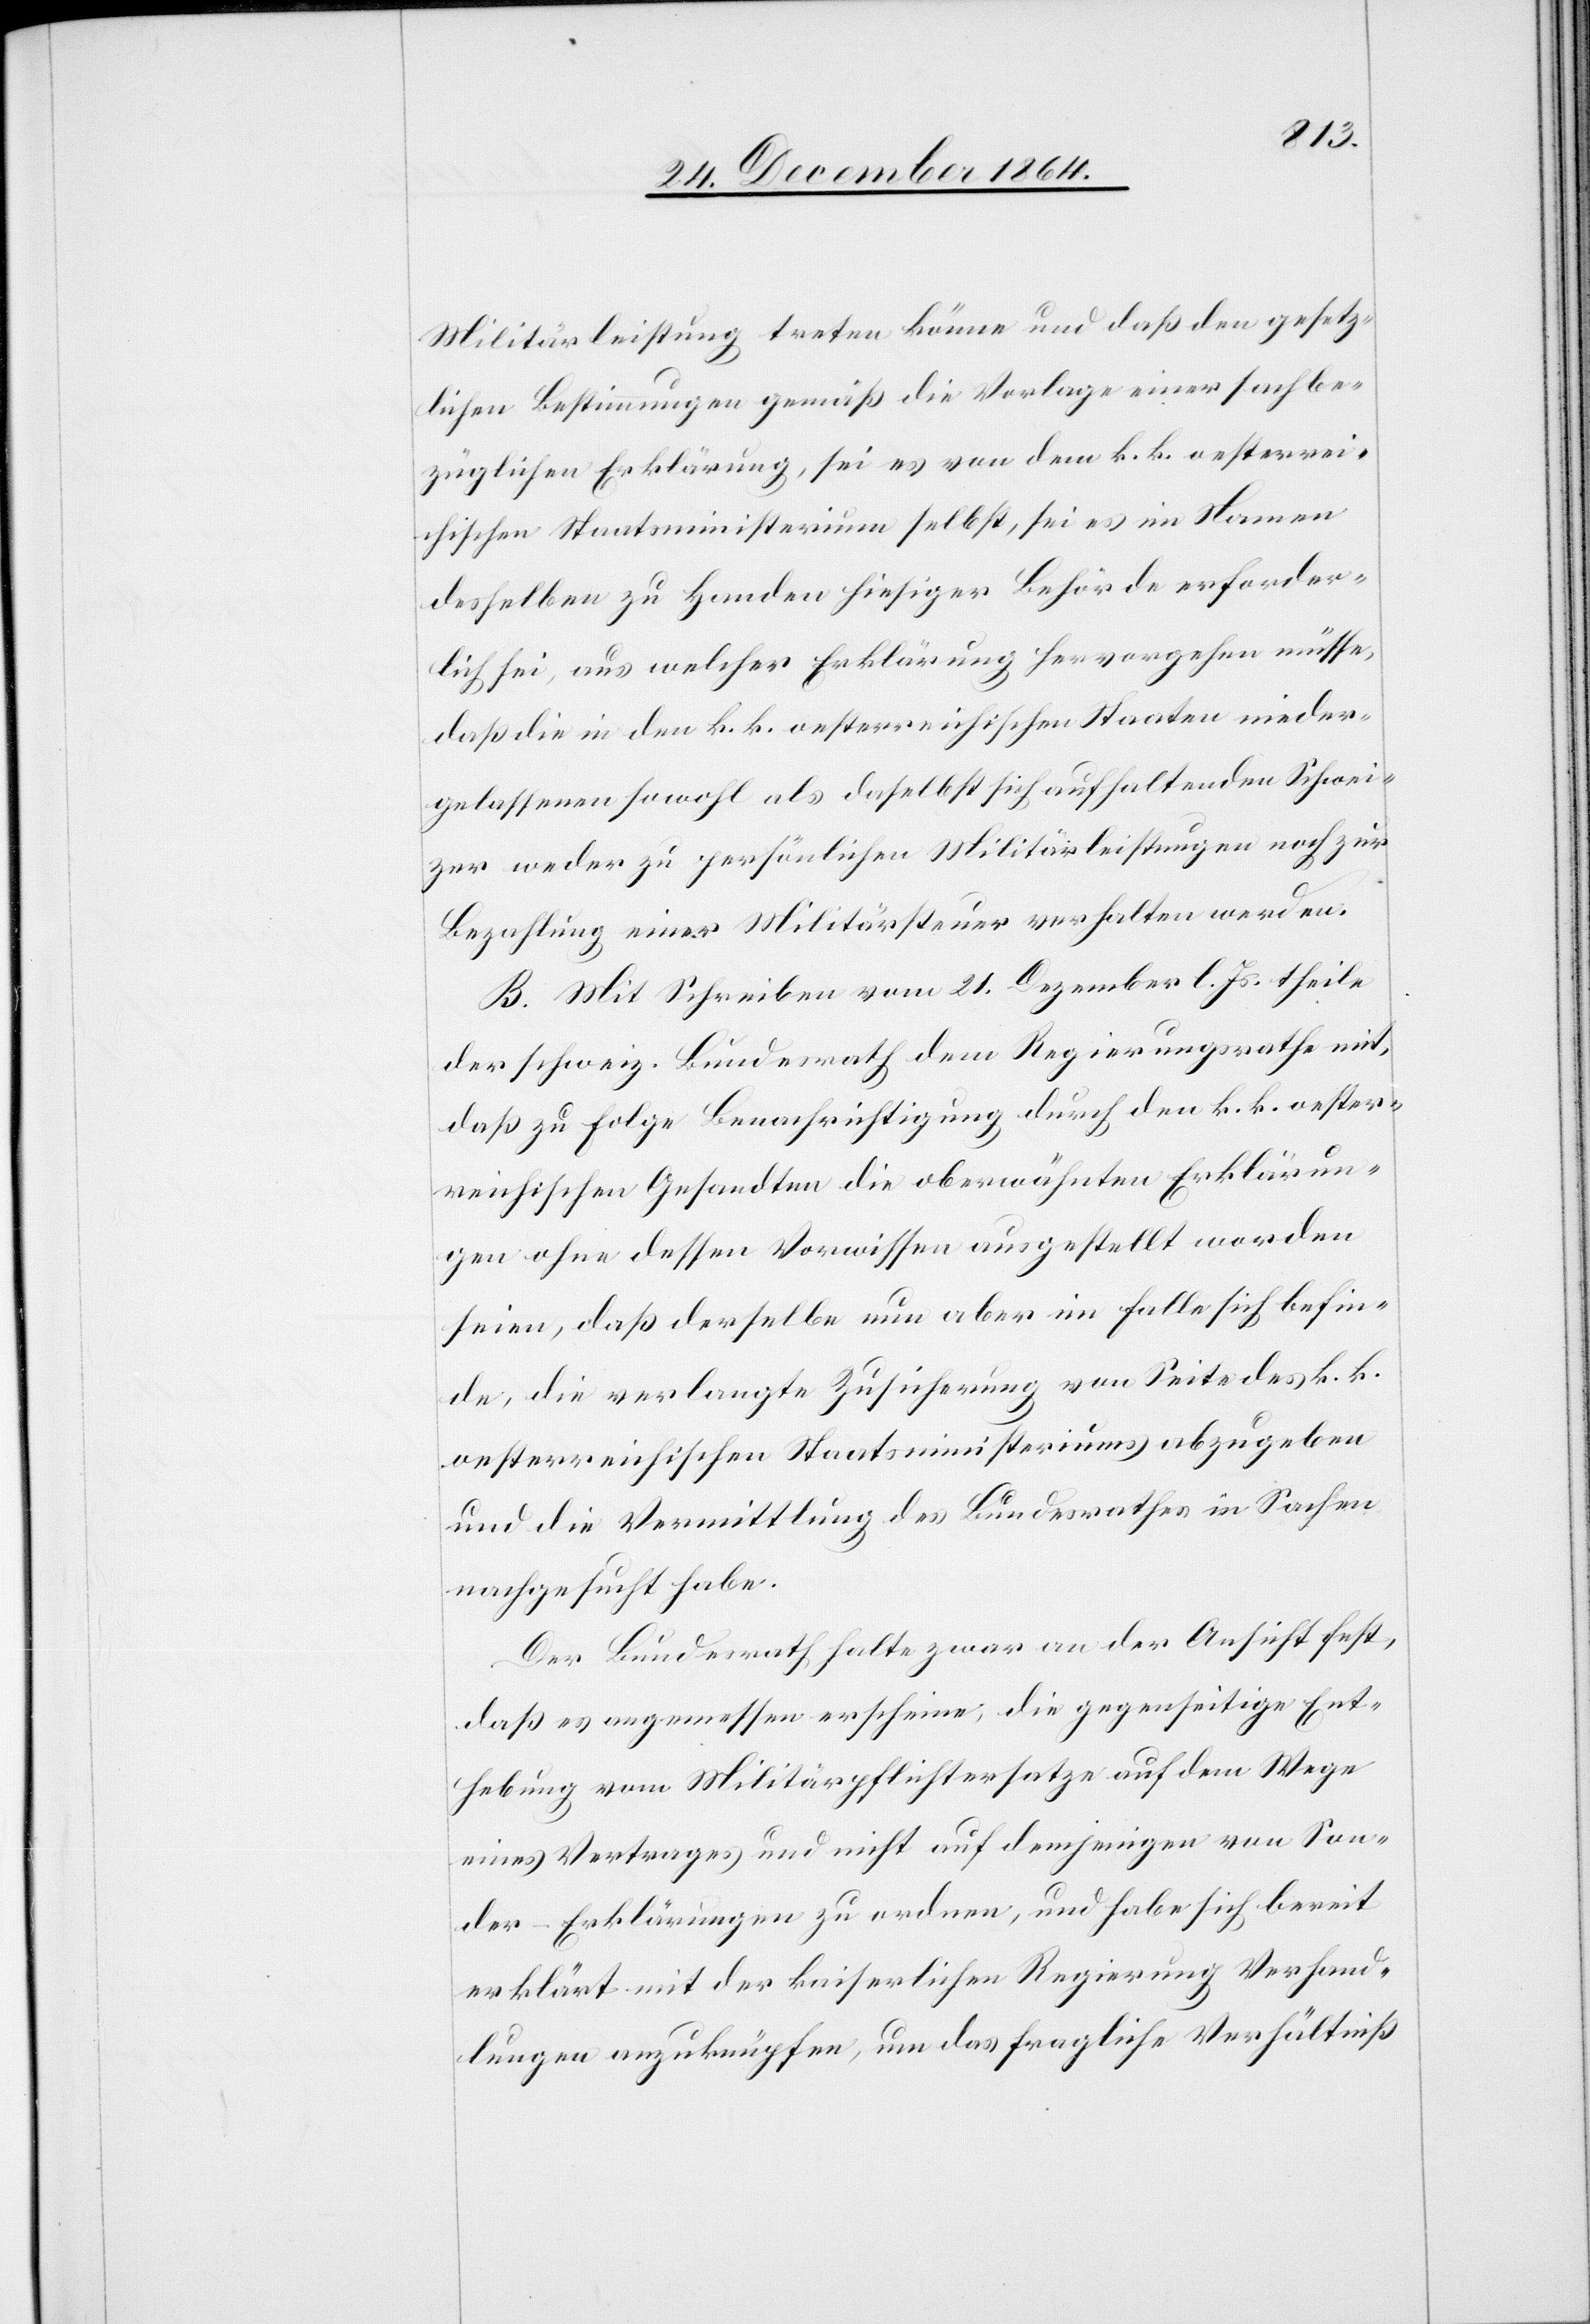
Militärleistung treten könne und daß den gesetz¬
lichen Bestimmungen gemäß die Vorlage einer sachbe¬
züglichen Erklärung, sei es von dem k. k. oesterrei¬
chischen Staatsministerium selbst, sei es im Namen
desselben zu Handen hiesiger Behörde erforder¬
liche sei, aus welcher Erklärung hervorgehen müsse,
daß die in den k. k. oesterreichischen Staaten nieder¬
gelassenen sowohl als daselbst sich aufhaltenden Schwei¬
zer weder zu persönlichen Militärleistungen noch zur
Bezahlung einer Militärsteuer verhalten werden.
B. Mit Schreiben vom 21. Dezember l. Js. theilte
der schweiz. Bundesrath dem Regierungsrathe mit,
daß zu Folge Benachrichtigung durch den k. k. oester¬
reichischen Gesandten die oberwähnten Erklärun¬
gen ohne dessen Vorwissen ausgestellt worden
seien, daß derselbe nun aber im Falle sich befin¬
de, die verlangte Zusicherung von Seite des k. k.
oesterreichischen Staatsministeriums abzugeben
und die Vermittlung des Bundesrathes in Sachen
nachgesucht habe.
Der Bundesrath halte zwar an der Ansicht fest,
daß es angemessen erscheine, die gegenseitige Ent¬
hebung vom Militärpflichtersatze auf dem Wege
eines Vertrages und nicht auf demjenigen von Son¬
der-Erklärungen zu ordnen, und habe sich bereit
erklärt mit der kaiserlichen Regierung Verhand¬
lungen anzuknüpfen, um das fragliche Verhältniß